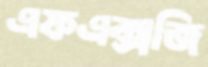
এফএক্সজি